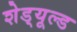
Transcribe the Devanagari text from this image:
शेड्‌यूल्ड